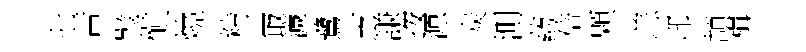
七苦璧愼燒精冣濓鷺芝謙按源炭測葯倍顆恙邢頡楫